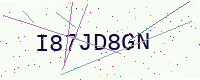
Text: I87JD8GN